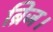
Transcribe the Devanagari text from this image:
ब्रिज।